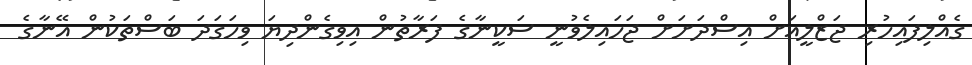
ގެއްލިފައިހުރި ޖަޒްލީއަށް އިސްދަށަށް ޖަހައިލެވުނީ ސަކީނާގެ ފަރާތުން އިވިގެންދިޔަ ވިހަގަދަ ބަސްތަކުން އޭނާގެ